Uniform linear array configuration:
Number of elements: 4
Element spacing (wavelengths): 0.25
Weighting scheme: cosine
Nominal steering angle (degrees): -60
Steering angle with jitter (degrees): -58.361
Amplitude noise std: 0.05
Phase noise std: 0.05

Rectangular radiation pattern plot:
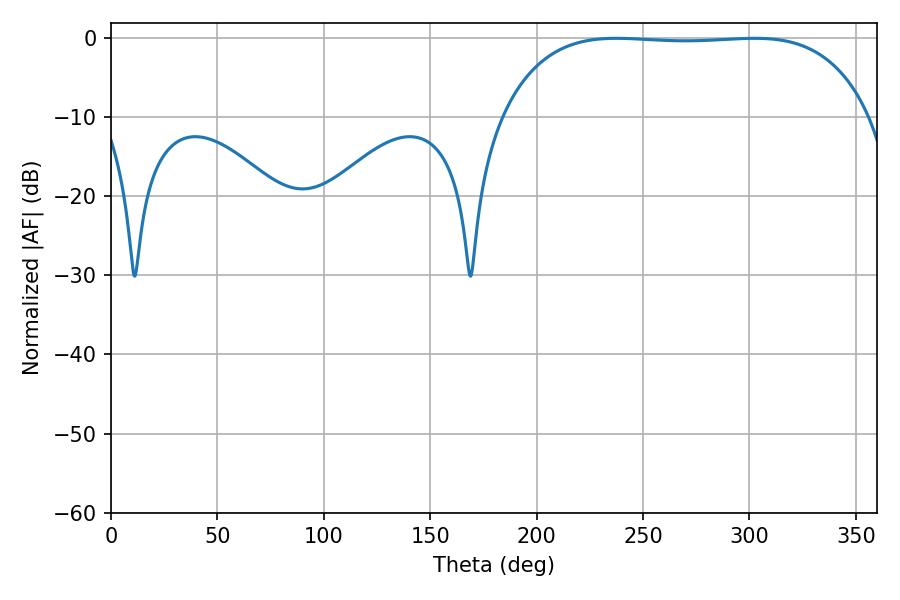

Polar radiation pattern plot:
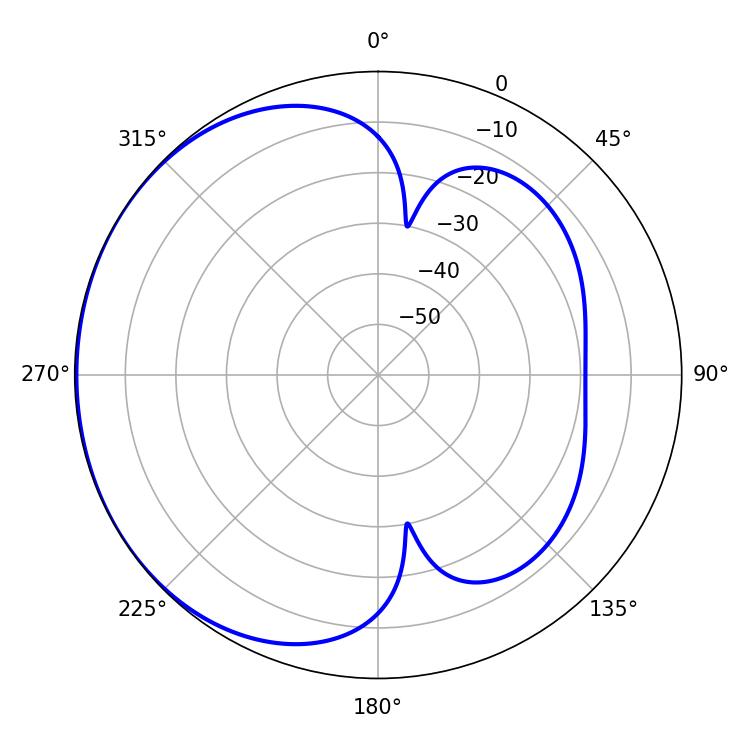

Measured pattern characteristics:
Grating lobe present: FALSE
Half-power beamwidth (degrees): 135.72
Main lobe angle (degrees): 237.42